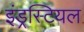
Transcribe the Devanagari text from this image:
इंड्रस्टियल